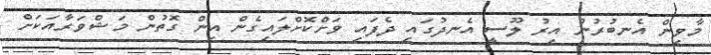
މާވިން އެނބުރުނު އިރު ލޫސީ އެނދުގައި ދެފައި ވަށްކޮށްލައިގެން އިން ގޮތުން މަޝްވަރާއަކަށް